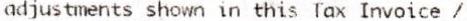
ADJUSTMENTS SHOWN IN THIS TAX INVOICE /